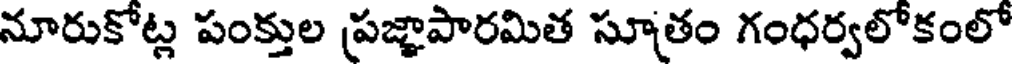
నూరుకోట్ల పంక్తుల ప్రజ్ఞాపారమిత సూతం గంధర్వలోకంలో